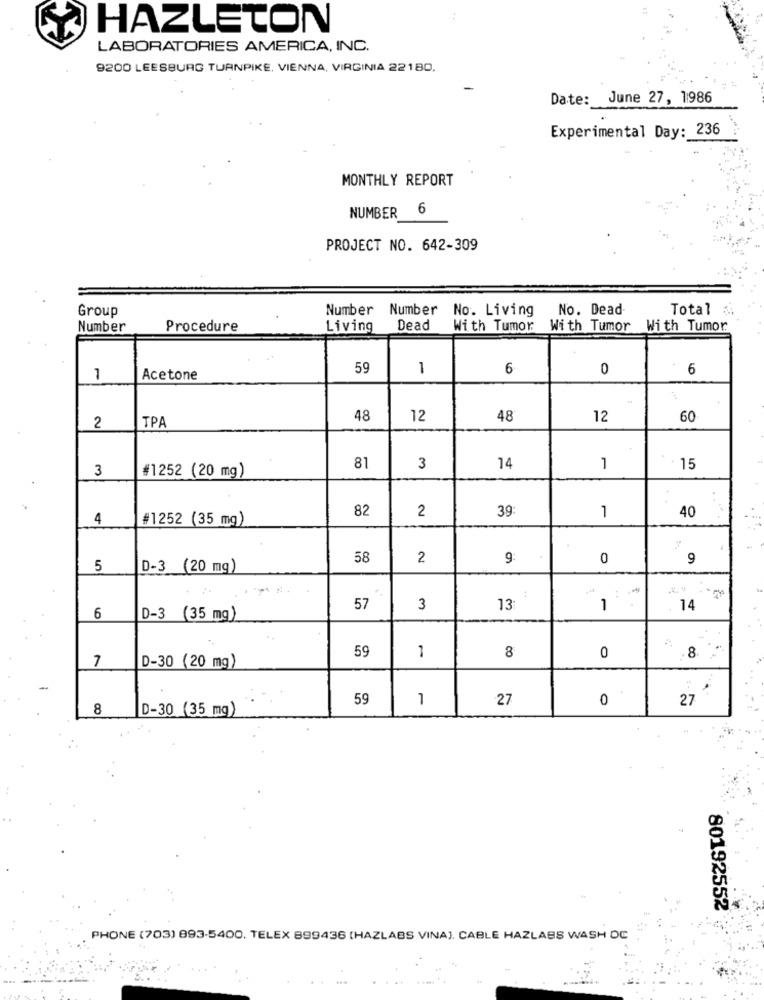
HAZLETON
LABORATORIES AMERICA, INC.
9200 LEESBURG TURNPIKE, VIENNA, VIRGINIA 22180.
Date: June 27, 1986
Experimental Day: 236
MONTHLY REPORT
NUMBER 6
PROJECT NO. 642-309
Group
Number Number No. Living
No. Dead
Total
Number
Procedure
Living
Dead
With Tumor
With Tumor With Tumor
59
1
6
0
6
1
Acetone
TPA
48
12
48
12
60
2
3
#1252 (20 mg)
81
3
14
1
: 15
82
39:
4
#1252 (35 mg)
2
1
40
58
2
9
0
9
5
D-3 (20 mg)
57
3
13:
1
14
6
D-3 (35 mg)
59
7
D-30 (20 mg)
1
8
0
.8
59
1
27
0
27
8
D-30 (35 mg)
80192552
PHONE (703) 893-5400. TELEX 899436 (HAZLABS VINA), CABLE HAZLABS WASH OC